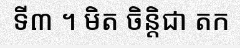
ទី៣ ។ មិត ចិន្តិជា តក